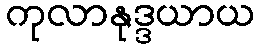
ကုလာနုဒ္ဒယာယ